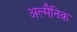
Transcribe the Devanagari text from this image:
अल्मैनिक